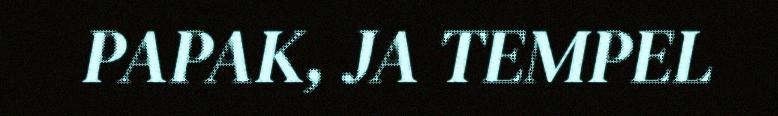
PAPAK, JA TEMPEL